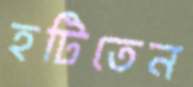
হটিতেন